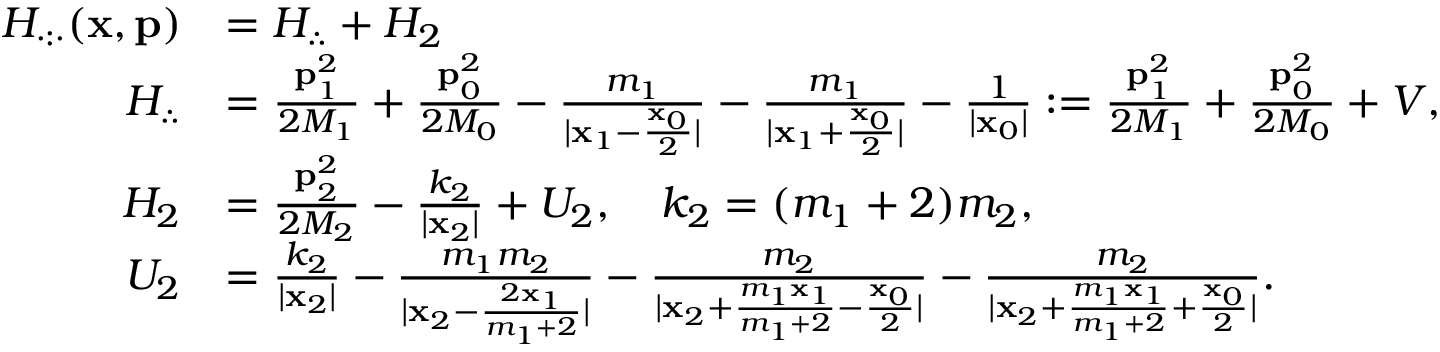
\begin{array} { r l } { H _ { \cdot : \cdot } ( \mathbf { x } , \mathbf { p } ) } & { = H _ { \therefore } + H _ { 2 } } \\ { H _ { \therefore } } & { = \frac { \mathbf { p } _ { 1 } ^ { 2 } } { 2 M _ { 1 } } + \frac { \mathbf { p } _ { 0 } ^ { 2 } } { 2 M _ { 0 } } - \frac { m _ { 1 } } { | \mathbf { x } _ { 1 } - \frac { \mathbf { x } _ { 0 } } { 2 } | } - \frac { m _ { 1 } } { | \mathbf { x } _ { 1 } + \frac { \mathbf { x } _ { 0 } } { 2 } | } - \frac { 1 } { | \mathbf { x } _ { 0 } | } : = \frac { \mathbf { p } _ { 1 } ^ { 2 } } { 2 M _ { 1 } } + \frac { \mathbf { p } _ { 0 } ^ { 2 } } { 2 M _ { 0 } } + V , } \\ { H _ { 2 } } & { = \frac { \mathbf { p } _ { 2 } ^ { 2 } } { 2 M _ { 2 } } - \frac { k _ { 2 } } { | \mathbf { x } _ { 2 } | } + U _ { 2 } , \quad k _ { 2 } = ( m _ { 1 } + 2 ) m _ { 2 } , } \\ { U _ { 2 } } & { = \frac { k _ { 2 } } { | \mathbf { x } _ { 2 } | } - \frac { m _ { 1 } m _ { 2 } } { | \mathbf { x } _ { 2 } - \frac { 2 \mathbf { x } _ { 1 } } { m _ { 1 } + 2 } | } - \frac { m _ { 2 } } { | \mathbf { x } _ { 2 } + \frac { m _ { 1 } \mathbf { x } _ { 1 } } { m _ { 1 } + 2 } - \frac { \mathbf { x } _ { 0 } } { 2 } | } - \frac { m _ { 2 } } { | \mathbf { x } _ { 2 } + \frac { m _ { 1 } \mathbf { x } _ { 1 } } { m _ { 1 } + 2 } + \frac { \mathbf { x } _ { 0 } } { 2 } | } . } \end{array}